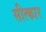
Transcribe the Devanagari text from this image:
सीत्कार